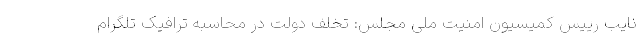
نایب رییس کمیسیون امنیت ملی مجلس: تخلف دولت در محاسبه ترافیک تلگرام